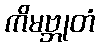
ကိမဗ္ဘုတံ